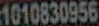
1010830956